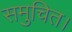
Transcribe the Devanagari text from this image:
समुचित।